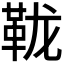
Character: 𫖅